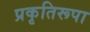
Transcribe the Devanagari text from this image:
प्रकृतिरूपा